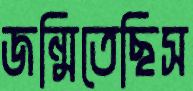
জন্মিতেছিস